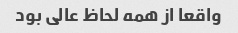
واقعا از همه لحاظ عالی بود